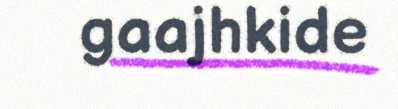
gaajhkide